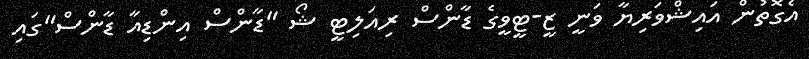
އެގޮތުން އައިޝްވަރިޔާ ވަނީ ޒީ-ޓީވީގެ ޑާންސް ރިއަލިޓީ ޝޯ "ޑާންސް އިންޑިއާ ޑާންސް"ގައި